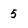
Character: 5